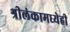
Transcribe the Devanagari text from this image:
श्रीलंकामध्येही